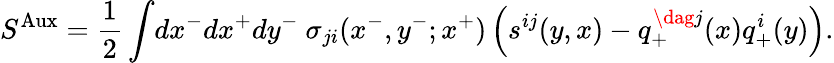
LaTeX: S^{\mathrm{Aux}}=\frac{1}{2}\int\! dx^{-}dx^{+}dy^{-}~\sigma_{ji}(x^{-},y^{-};x^{+})\left(s^{ij}(y,x)-q_{+}^{\dag j}(x)q_{+}^{i}(y)\right).